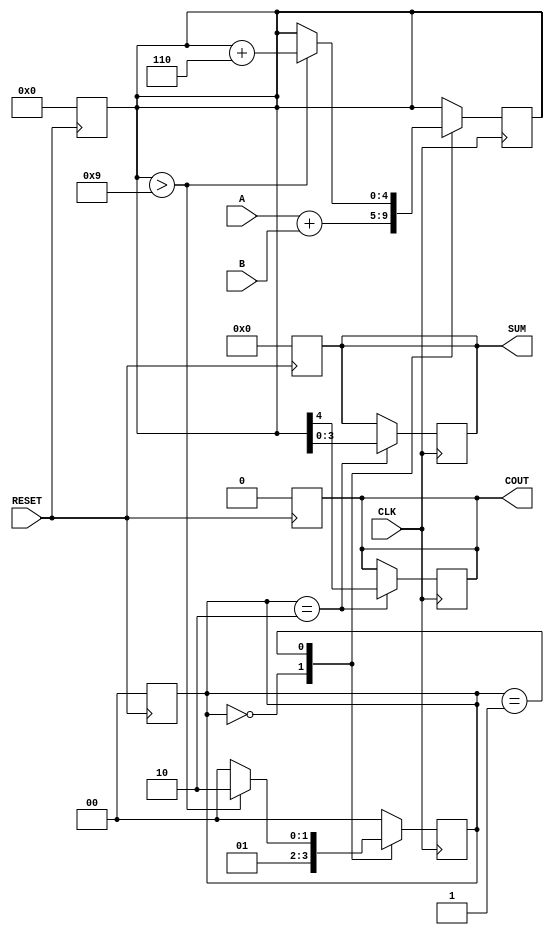
module BCD_Sequential_Adder (
    input [3:0] A,         // First BCD digit
    input [3:0] B,         // Second BCD digit
    input CLK,             // Clock signal
    input RESET,           // Asynchronous reset
    output reg [3:0] SUM,  // BCD sum output
    output reg COUT        // Carry-out signal
);

    reg [4:0] TEMP_SUM;    // 5-bit register for intermediate sum
    reg [1:0] STATE;       // State register (0: idle, 1: adding, 2: adjusting)

    // State encoding
    localparam IDLE      = 2'b00;
    localparam ADDING    = 2'b01;
    localparam ADJUSTING = 2'b10;

    // Asynchronous reset
    always @(posedge RESET) begin
        SUM <= 4'b0000;
        COUT <= 1'b0;
        TEMP_SUM <= 5'b00000;
        STATE <= IDLE;
    end

    // Sequential logic for BCD addition
    always @(posedge CLK) begin
        case (STATE)
            IDLE: begin
                // Move to ADDING state on clock edge
                TEMP_SUM <= A + B; // Initial sum
                STATE <= ADDING;
            end
            
            ADDING: begin
                // Check if adjustment is needed
                if (TEMP_SUM > 9) begin
                    TEMP_SUM <= TEMP_SUM + 5'b00110; // Add 6 to adjust to BCD
                    STATE <= ADJUSTING;
                end else begin
                    // No adjustment needed, move to output state
                    STATE <= IDLE;
                end
            end
            
            ADJUSTING: begin
                // Assign the adjusted sum and determine carry-out
                SUM <= TEMP_SUM[3:0]; // Assign lower 4 bits to SUM
                COUT <= TEMP_SUM[4];  // Carry-out is the 5th bit
                STATE <= IDLE;        // Return to IDLE state
            end
            
            default: STATE <= IDLE; // Default to IDLE state
        endcase
    end

endmodule